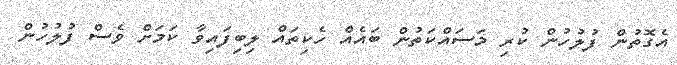
އެގޮތުން ފުލުހުން ކުރި މަސައްކަތުން ބައެއް ހެކިތައް ލިބިފައިވާ ކަމަށް ވެސް ފުލުހުން